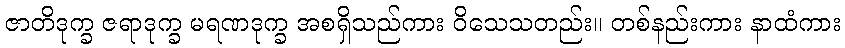
ဇာတိဒုက္ခ ဇရာဒုက္ခ မရဏဒုက္ခ အစရှိသည်ကား ဝိသေသတည်း။ တစ်နည်းကား နာထံကား